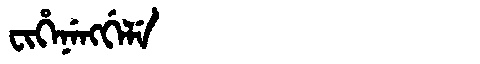
Manchu: ᠸᡳᡥᡝᠨᡝᠩᡤᡝᠯᡝ
Romanization: FIHENENGGELE